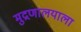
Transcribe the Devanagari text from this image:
मुद्रणालयाला